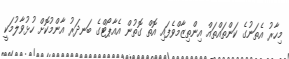
މިހާރު އެތަނުގެ ކަންތައްތައް އިންތިޒާމްވެފައި އޮތް ގޮތުން އެއާޕޯޓްގެ ބަނދަރު އާންމުކޮށް ހުޅުވާލުމަކީ